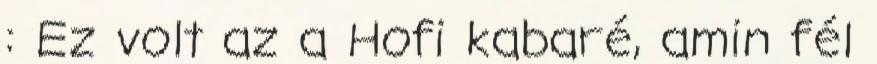
: Ez volt az a Hofi kabaré, amin fél